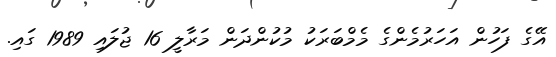
އޭގެ ފަހުން އަހަރުމެންގެ މެމްބަރަކު މުކުންދަން މަރާލީ 16 ޖުލައި 1989 ގައި.